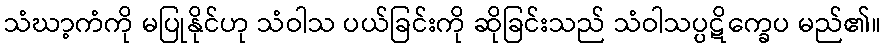
သံဃာ့ကံကို မပြုနိုင်ဟု သံဝါသ ပယ်ခြင်းကို ဆိုခြင်းသည် သံဝါသပ္ပဋိက္ခေပ မည်၏။